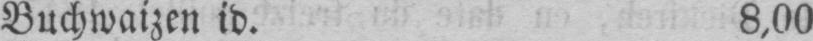
Buchwaizen id. 8,00